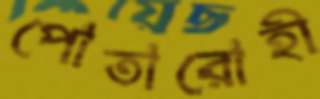
পোতারোহী